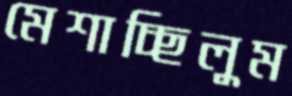
মেশাচ্ছিলুম